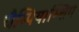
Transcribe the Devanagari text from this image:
चैम्पियाम्शिप